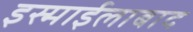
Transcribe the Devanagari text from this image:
इस्माईलाबाद